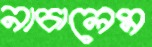
নাচালেম